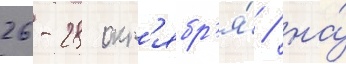
26-28 окт'ябр'я́ / на́